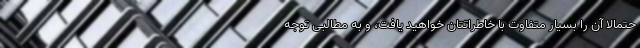
حتمالاً آن را بسیار متفاوت با خاطراتتان خواهید یافت، و به مطالبی توجه